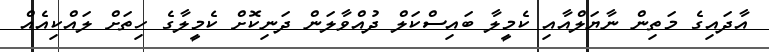
އާދައިގެ މަތިން ނާޔަލްއާއި ކެމީލާ ބައިސްކަލް ދުއްވާލަން ދަނިކޮށް ކެމީލާގެ ހިތަށް ލައްކިއެއް